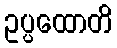
ဥပ္ပထောတိ